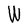
Character: W